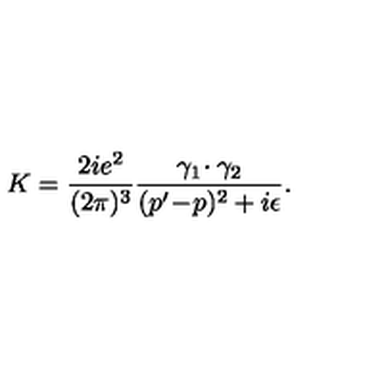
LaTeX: K = { \frac { 2 i e ^ { 2 } } { ( 2 \pi ) ^ { 3 } } } { \frac { \gamma _ { 1 } \! \cdot \gamma _ { 2 } } { ( p ^ { \prime } \! - \! p ) ^ { 2 } + i \epsilon } } .